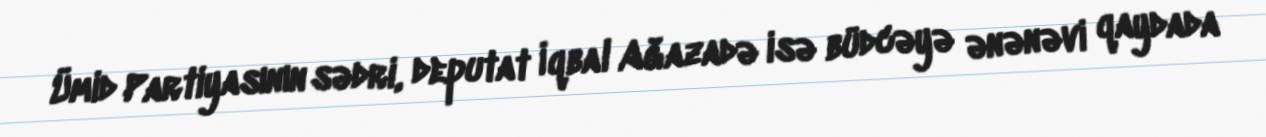
Ümid Partiyasının sədri, deputat İqbal Ağazadə isə büdcəyə ənənəvi qaydada